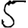
Digit: 5